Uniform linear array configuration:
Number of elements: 8
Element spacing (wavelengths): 0.25
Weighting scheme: binomial
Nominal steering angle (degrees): -60
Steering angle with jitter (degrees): -61.655
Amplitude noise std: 0.05
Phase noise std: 0.05

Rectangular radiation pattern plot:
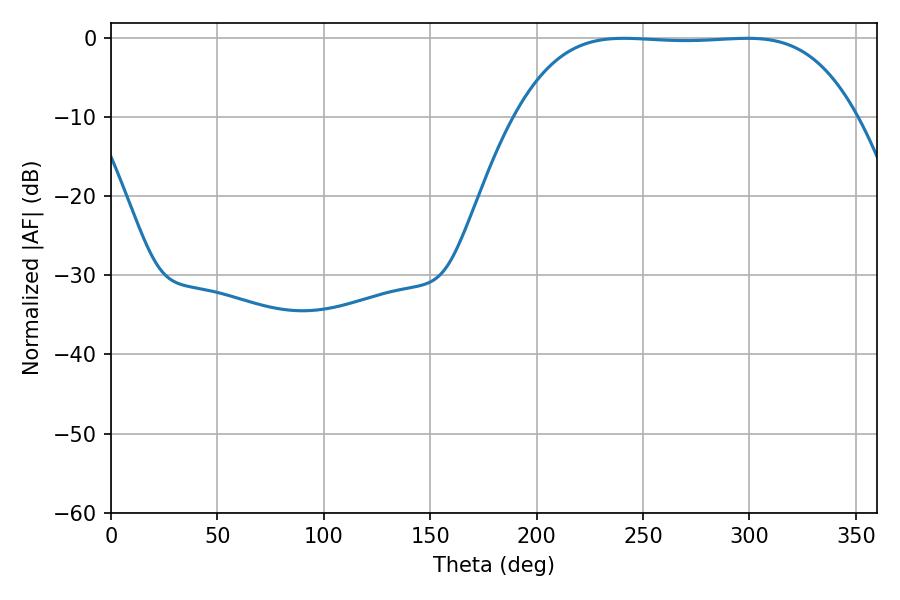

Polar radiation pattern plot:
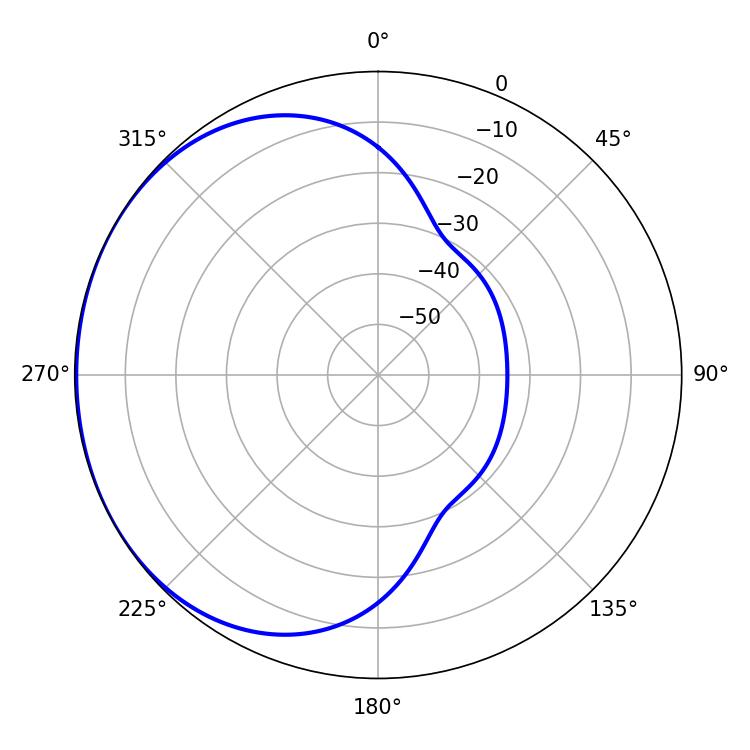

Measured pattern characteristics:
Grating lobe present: FALSE
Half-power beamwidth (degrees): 123.48
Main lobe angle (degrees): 241.02